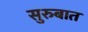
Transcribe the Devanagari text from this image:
सुरुबात